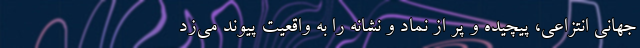
جهانی انتزاعی، پیچیده و پر از نماد و نشانه را به واقعیت پیوند می‌زد